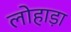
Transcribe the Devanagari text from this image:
लोहाड़ा